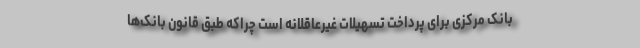
بانک مرکزی برای پرداخت تسهیلات غیرعاقلانه است چراکه طبق قانون بانک‌ها